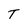
Character: T